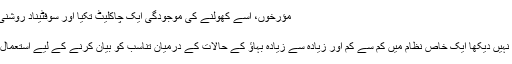
مؤرخوں، اسے کھولنے کی موجودگی ایک چاکلیٹ تکیا اور سوفٹیناد روشنی کا بستر ہے.
ٹورنڈون
ایک اصطلاح نہیں دیکھا ایک خاص نظام میں کم سے کم اور زیادہ سے زیادہ بہاؤ کے حالات کے درمیان تناسب کو بیان کرنے کے لیے استعمال کیا جاتا ہے ۔